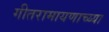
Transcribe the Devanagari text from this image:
गीतरामायणाच्य्या